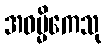
အဓမ္မိကေသု